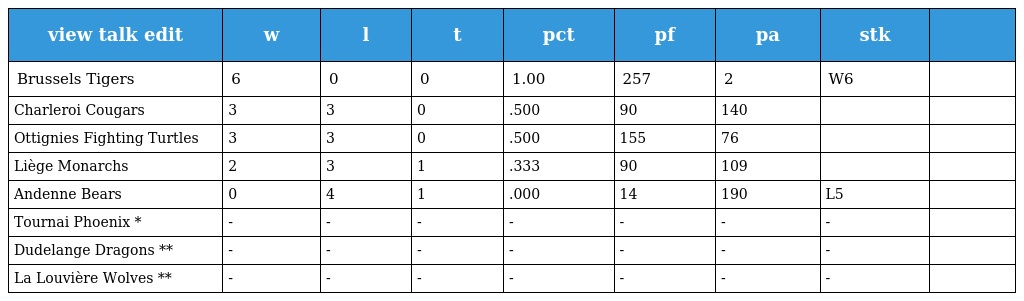
| view talk edit | w | l | t | pct | pf | pa | stk |  |
 | --- | --- | --- | --- | --- | --- | --- | --- | --- |
 | Brussels Tigers | 6 | 0 | 0 | 1.00 | 257 | 2 | W6 |  |
 | Charleroi Cougars | 3 | 3 | 0 | .500 | 90 | 140 |  |  |
 | Ottignies Fighting Turtles | 3 | 3 | 0 | .500 | 155 | 76 |  |  |
 | Liège Monarchs | 2 | 3 | 1 | .333 | 90 | 109 |  |  |
 | Andenne Bears | 0 | 4 | 1 | .000 | 14 | 190 | L5 |  |
 | Tournai Phoenix * | - | - | - | - | - | - | - |  |
 | Dudelange Dragons ** | - | - | - | - | - | - | - |  |
 | La Louvière Wolves ** | - | - | - | - | - | - | - |  |